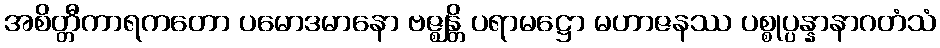
အစိတ္တီကာရကတော ပမောဒမာနော ဗဇ္ဈန္တိ ပရာမဋ္ဌော မဟာဇနဿ ပစ္စုပ္ပန္နာနာဂတံသံ